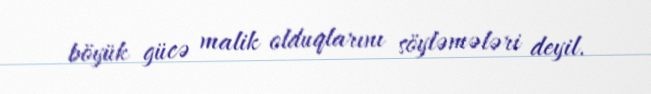
böyük gücə malik olduqlarını söyləmələri deyil.